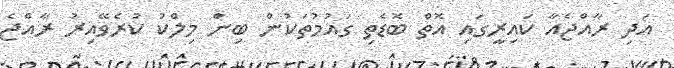
އަދި ރާއްޖެއާ ކައިރީގައި އޮތް ބޮޑެތި ގައުމުތަކުން ބިން މިލްކު ކުރެވޭއިރު ރާއްޖެ